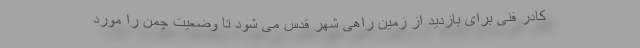
کادر فنی برای بازدید از زمین راهی شهر قدس می شود تا وضعیت چمن را مورد